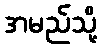
အမည်သို့